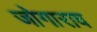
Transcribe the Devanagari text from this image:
जोगाराव